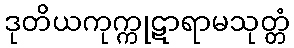
ဒုတိယကုက္ကုဋာရာမသုတ္တံ